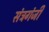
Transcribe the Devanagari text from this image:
संत्रगंजी